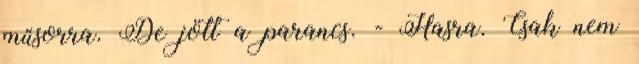
műsorra. De jött a parancs. - Hasra. Csak nem